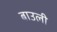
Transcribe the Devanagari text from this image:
बाउली